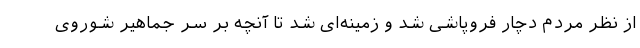
از نظر مردم دچار فروپاشی شد و زمینه‌ای شد تا آنچه بر سر جماهیر شوروی